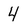
Character: 4